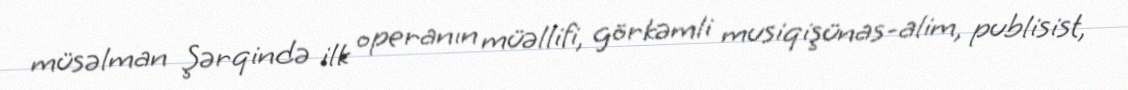
müsəlman Şərqində ilk operanın müəllifi, görkəmli musiqişünas-alim, publisist,